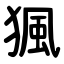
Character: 猦